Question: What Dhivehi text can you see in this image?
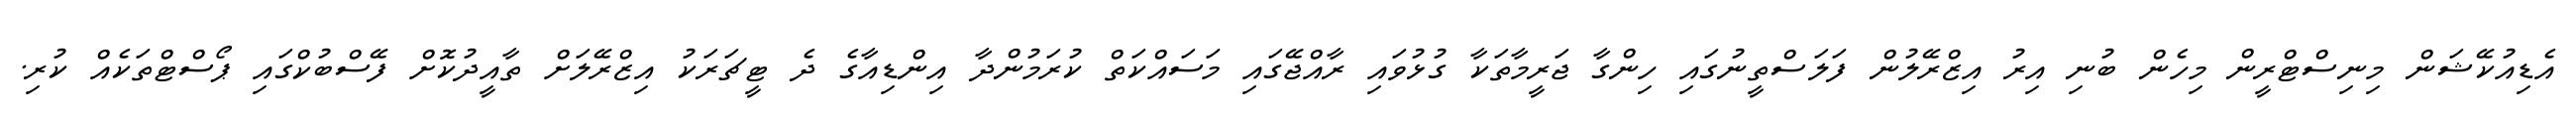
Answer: އެޑިއުކޭޝަން މިނިސްޓްރީން މިހެން ބުނި އިރު އިޒްރޭލުން ފަލަސްތީނުގައި ހިންގާ ޖަރީމާތަކާ ގުޅުވައި ރާއްޖޭގައި މަސައްކަތް ކުރަމުންދާ އިންޑިއާގެ ދެ ޓީޗަރަކު އިޒްރޭލަށް ތާއީދުކޮށް ފޭސްބުކްގައި ޕޯސްޓްތަކެއް ކުރި.